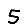
Digit: 5